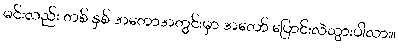
မင်းလည်း တစ် နှစ် အတောအတွင်းမှာ အတော် ပြောင်းလဲသွားပါလား။